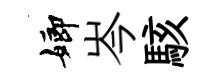
嫏岑駭